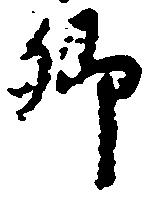
郷